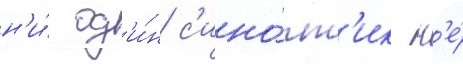
н'и́ од'и́н с'ино́пт'ик н'е́